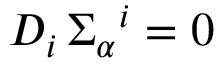
D _ { i } \, \Sigma _ { \alpha } { } ^ { i } = 0 \,